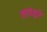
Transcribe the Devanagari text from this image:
तारांद्वारे